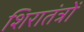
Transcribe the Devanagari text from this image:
शिरातंत्रों